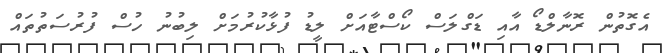
އެގޮތުން ރޮނާލްޑޯ އާއި ޑަގްލަސް ކޯސްޓާއަށް ލީޑު ފުޅާކުރުމަށް ލިބުނު ހުސް ފުރުސަތުތައް